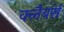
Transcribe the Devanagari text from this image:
क्लैबर्स